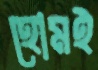
হোমই